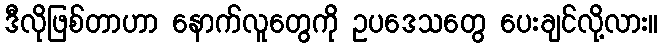
ဒီလိုဖြစ်တာဟာ နောက်လူတွေကို ဥပဒေသတွေ ပေးချင်လို့လား။